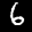
Label: 6